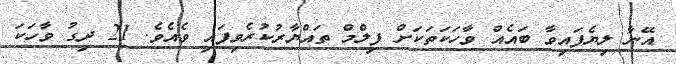
އޭނާ ލިޔެފައިވާ ބައެއް ވާހަކަތަކަށް ފިލްމް ތައްޔާރުކުރެވިފައި ވެއެވެ. 21 ދިގު ވާހަކަ